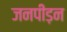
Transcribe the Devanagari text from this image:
जनपीड़न